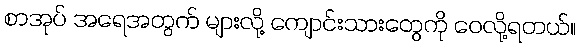
စာအုပ် အရေအတွက် များလို့ ကျောင်းသားတွေကို ဝေလို့ရတယ်။